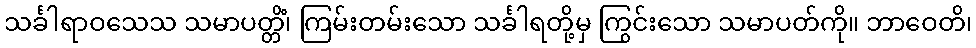
သင်္ခါရာဝသေသ သမာပတ္တိံ၊ ကြမ်းတမ်းသော သင်္ခါရတို့မှ ကြွင်းသော သမာပတ်ကို။ ဘာဝေတိ၊